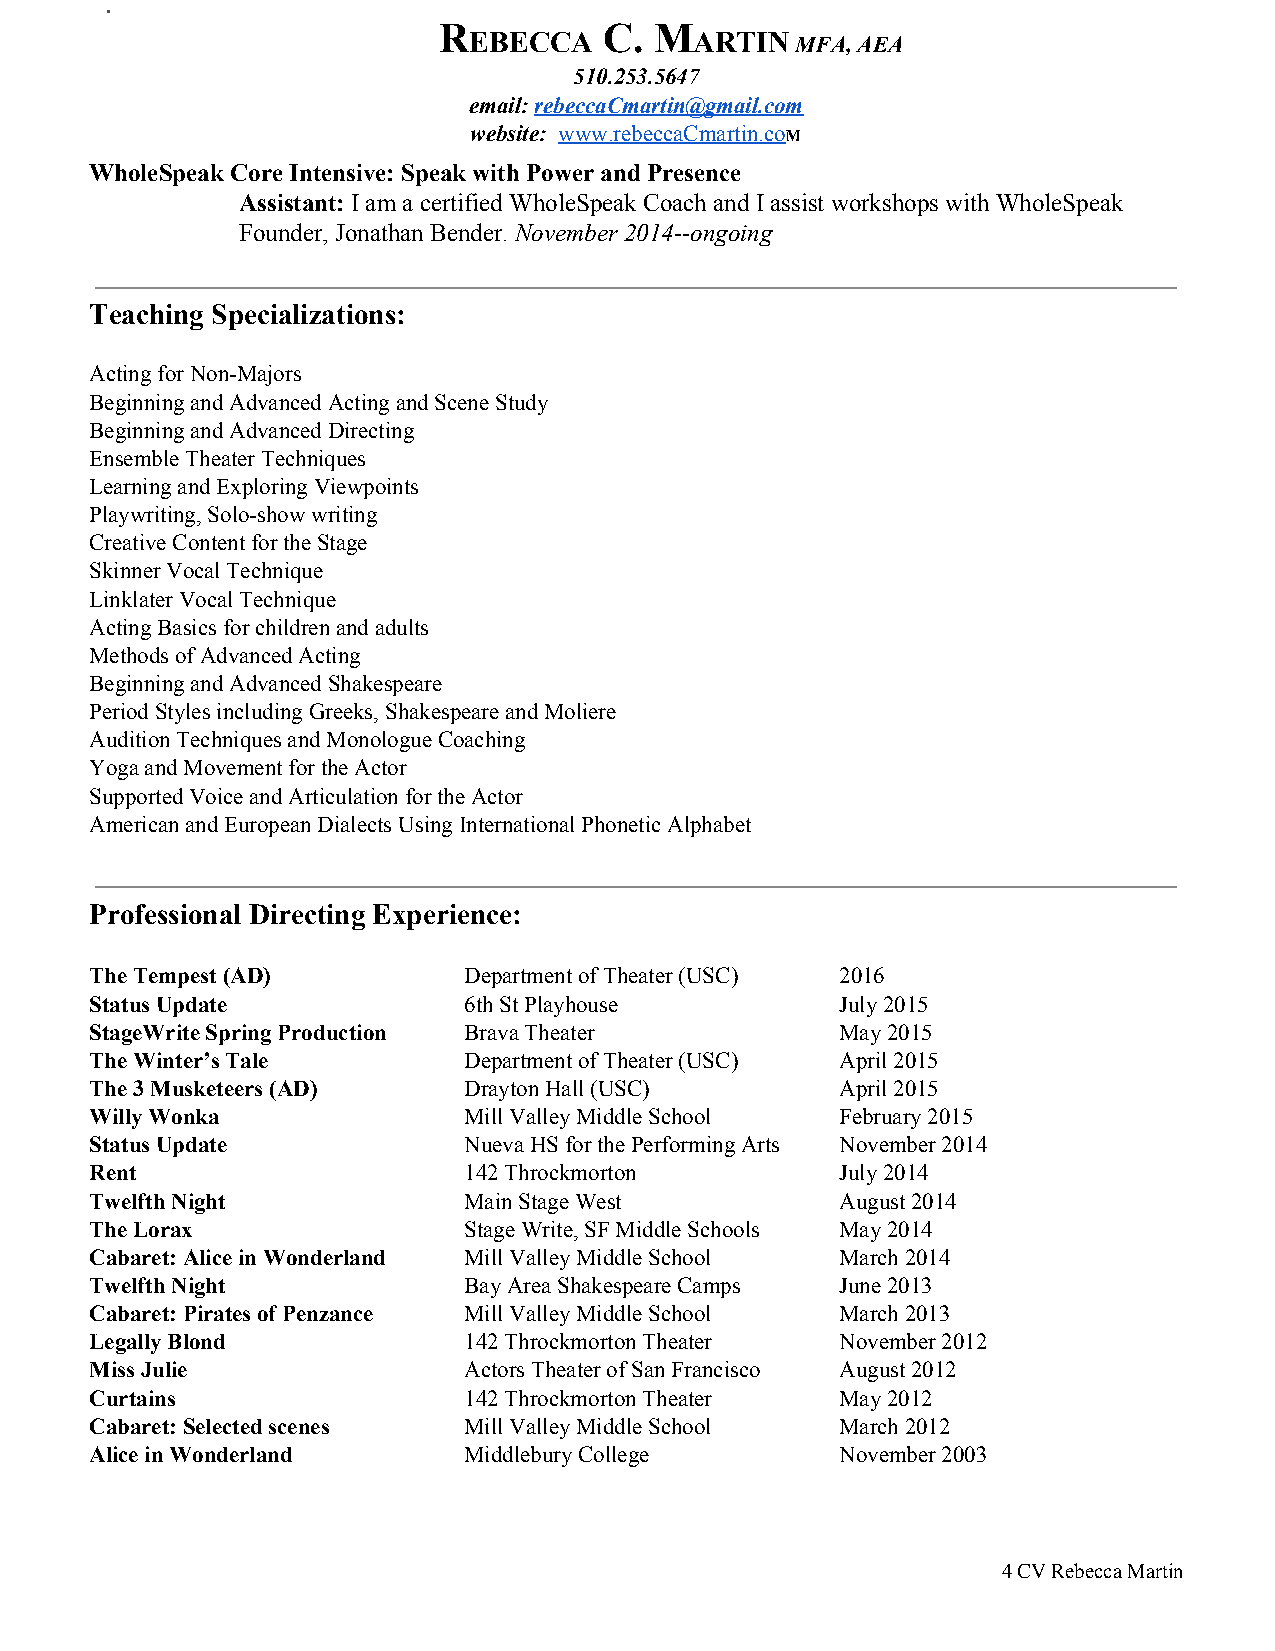
R          C. M
 EBECCA         ARTIN  MFA, AEA
 ​
 510.253.5647
 email: rebeccaCmartin@gmail.com
 ​
 website: www.rebeccaCmartin.coM
 ​              ​
 WholeSpeak Core Intensive: Speak with Power and Presence
 Assistant: I am a certified WholeSpeak Coach and I assist workshops with WholeSpeak
 ​
 Founder, Jonathan Bender. November 2014­­ongoing
 ​
 Teaching Specializations:
 Acting for Non­Majors
 Beginning and Advanced Acting and Scene Study
 Beginning and Advanced Directing
 Ensemble Theater Techniques
 Learning and Exploring Viewpoints
 Playwriting, Solo­show writing
 Creative Content for the Stage
 Skinner Vocal Technique
 Linklater Vocal Technique
 Acting Basics for children and adults
 Methods of Advanced Acting
 Beginning and Advanced Shakespeare
 Period Styles including Greeks, Shakespeare and Moliere
 Audition Techniques and Monologue Coaching
 Yoga and Movement for the Actor
 Supported Voice and Articulation for the Actor
 American and European Dialects Using International Phonetic Alphabet
 Professional Directing Experience:
 The Tempest (AD)         Department of Theater (USC) 2016
 Status Update            6th St Playhouse         July 2015
 StageWrite Spring Production Brava Theater        May 2015
 The Winter’s Tale        Department of Theater (USC) April 2015
 The 3 Musketeers (AD)    Drayton Hall (USC)       April 2015
 Willy Wonka              Mill Valley Middle School February 2015
 Status Update            Nueva HS for the Performing Arts November 2014
 Rent                     142 Throckmorton         July 2014
 Twelfth Night            Main Stage West          August 2014
 The Lorax                Stage Write, SF Middle Schools May 2014
 Cabaret: Alice in Wonderland Mill Valley Middle School March 2014
 Twelfth Night            Bay Area Shakespeare Camps June 2013
 Cabaret: Pirates of Penzance Mill Valley Middle School March 2013
 Legally Blond            142 Throckmorton Theater November 2012
 Miss Julie               Actors Theater of San Francisco August 2012
 Curtains                 142 Throckmorton Theater May 2012
 Cabaret: Selected scenes Mill Valley Middle School March 2012
 Alice in Wonderland      Middlebury College       November 2003
 4 CV Rebecca Martin